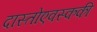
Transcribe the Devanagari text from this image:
दास्तोएवस्ककी